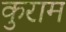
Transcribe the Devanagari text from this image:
कुराम